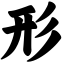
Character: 形